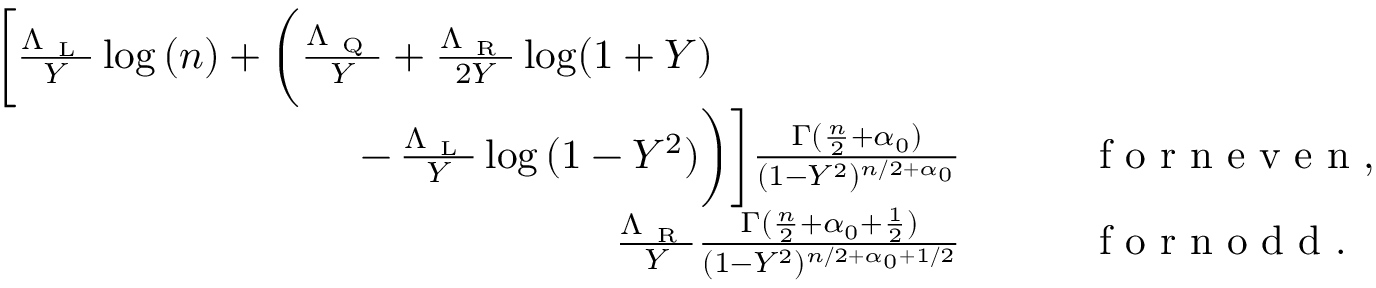
\begin{array} { r l } { \bigg [ \frac { \Lambda _ { \mathrm { ~ L ~ } } } { Y } \log { ( n ) } + \bigg ( \frac { \Lambda _ { \mathrm { ~ Q ~ } } } { Y } + \frac { \Lambda _ { \mathrm { ~ R ~ } } } { 2 Y } \log ( 1 + Y ) \qquad \qquad \qquad } & { { } } \\ { - \, \frac { \Lambda _ { \mathrm { ~ L ~ } } } { Y } \log { ( 1 - Y ^ { 2 } ) } \bigg ) \bigg ] \frac { \Gamma ( \frac { n } { 2 } + \alpha _ { 0 } ) } { ( 1 - Y ^ { 2 } ) ^ { n / 2 + \alpha _ { 0 } } } } & { { } \qquad \mathrm { ~ f ~ o ~ r ~ n ~ e ~ v ~ e ~ n ~ } , } \\ { \frac { \Lambda _ { \mathrm { ~ R ~ } } } { Y } \frac { \Gamma ( \frac { n } { 2 } + { \alpha _ { 0 } + \frac { 1 } { 2 } } ) } { ( 1 - Y ^ { 2 } ) ^ { n / 2 + { \alpha _ { 0 } + 1 / 2 } } } } & { { } \qquad \mathrm { ~ f ~ o ~ r ~ n ~ o ~ d ~ d ~ } . } \end{array}